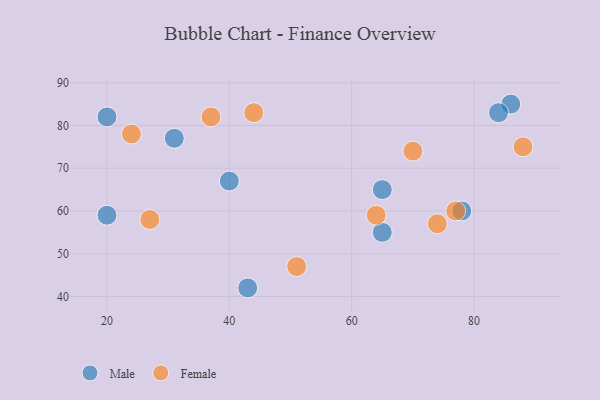
{"axis": {"x": "GDP", "y": "Life Expectancy"}, "legend": ["Female", "Male"], "data": [{"x": "20", "y": 82, "type": "Male"}, {"x": "65", "y": 65, "type": "Male"}, {"x": "78", "y": 60, "type": "Male"}, {"x": "86", "y": 85, "type": "Male"}, {"x": "20", "y": 59, "type": "Male"}, {"x": "31", "y": 77, "type": "Male"}, {"x": "43", "y": 42, "type": "Male"}, {"x": "65", "y": 55, "type": "Male"}, {"x": "40", "y": 67, "type": "Male"}, {"x": "84", "y": 83, "type": "Male"}, {"x": "74", "y": 57, "type": "Female"}, {"x": "64", "y": 59, "type": "Female"}, {"x": "44", "y": 83, "type": "Female"}, {"x": "51", "y": 47, "type": "Female"}, {"x": "88", "y": 75, "type": "Female"}, {"x": "24", "y": 78, "type": "Female"}, {"x": "70", "y": 74, "type": "Female"}, {"x": "27", "y": 58, "type": "Female"}, {"x": "77", "y": 60, "type": "Female"}, {"x": "37", "y": 82, "type": "Female"}]}